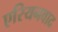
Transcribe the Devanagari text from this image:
एरियनवाद